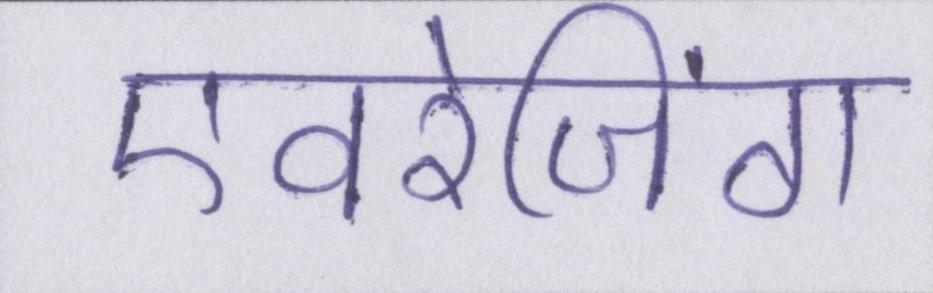
एवरेजिंग